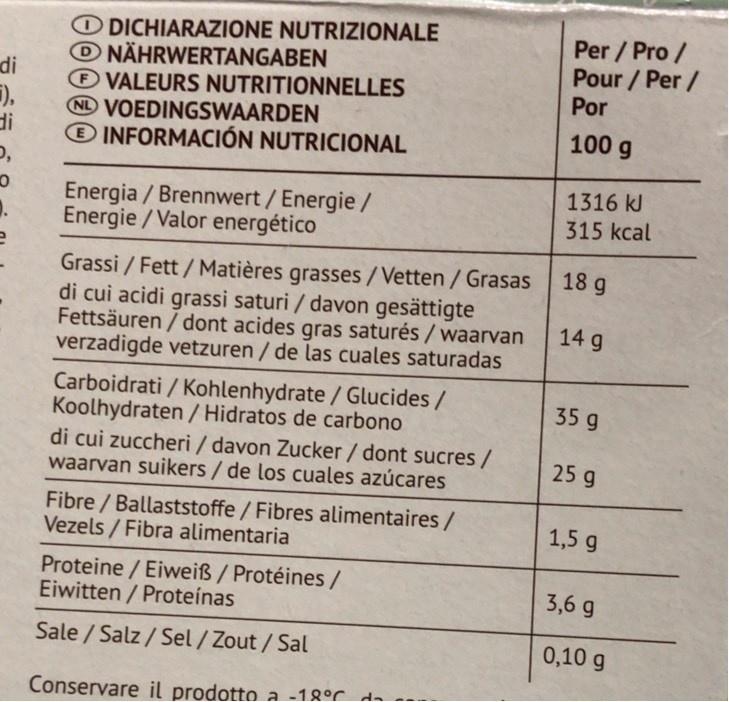
O DICHIARAZIONE NUTRIZIONALE O NÄHRWERTANGABEN ® VALEURS NUTRITIONNELLES ND VOEDINGSWAARDEN ® INFORMACIÓN NUTRICIONAL
Per / Pro / Pour / Per / Por
di
di
100 g
1316 kJ
Energia / Brennwert/Energie/ Energie /Valor energético
315 kcal
18 g
Grassi / Fett / Matières grasses/Vetten / Grasas di cui acidi grassi saturi / davon gesättigte Fettsäuren / dont acides gras saturés / waarvan verzadigde vetzuren / de las cuales saturadas
14 g
Carboidrati / Kohlenhydrate / Glucides / Koolhydraten / Hidratos de carbono di cui zuccheri / davon Zucker / dont sucres/ waarvan suikers/ de los cuales azúcares
35 g
25 g
Fibre / Ballaststoffe / Fibres alimentaires / Vezels / Fibra alimentaria
1,5 g
Proteine / Eiweiß/Protéines/ Eiwitten / Proteínas
3,6 g
Sale / Salz / Sel / Zout /Sal
0,10 g
Conservare il prodotto a -18°C da